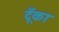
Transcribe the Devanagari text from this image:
टूँका